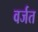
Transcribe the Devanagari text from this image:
वर्जत